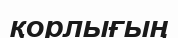
қорлығың